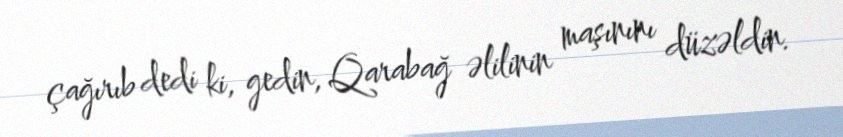
çağırıb dedi ki, gedin, Qarabağ əlilinin maşınını düzəldin.